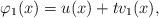
LaTeX: \begin{align*}\varphi_1(x)=u(x)+tv_1 (x), \end{align*}